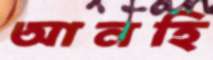
আনহি